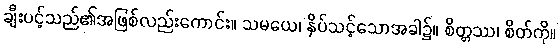
ချီးပင့်သည်၏အဖြစ်လည်းကောင်း။ သမယေ၊ နှိပ်သင့်သောအခါ၌။ စိတ္တဿ၊ စိတ်ကို။